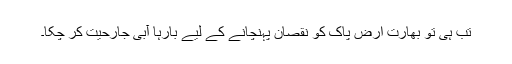
تب ہی تو بھارت ارض پاک کو نقصان پہنچانے کے لیے بارہا آبی جارحیت کر چکا۔